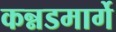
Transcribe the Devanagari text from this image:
कन्नडमार्गे